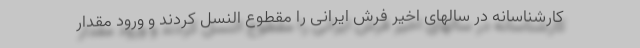
کارشناسانه در سالهای اخیر فرش ایرانی را مقطوع النسل کردند و ورود مقدار